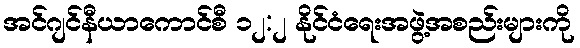
အင်ဂျင်နီယာကောင်စီ ၁၂:၂ နိုင်ငံရေးအဖွဲ့အစည်းများကို